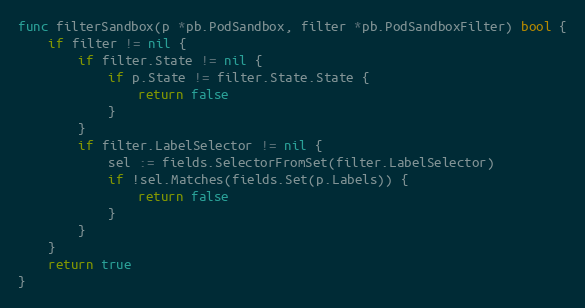
Language: Go
func filterSandbox(p *pb.PodSandbox, filter *pb.PodSandboxFilter) bool {
	if filter != nil {
		if filter.State != nil {
			if p.State != filter.State.State {
				return false
			}
		}
		if filter.LabelSelector != nil {
			sel := fields.SelectorFromSet(filter.LabelSelector)
			if !sel.Matches(fields.Set(p.Labels)) {
				return false
			}
		}
	}
	return true
}